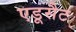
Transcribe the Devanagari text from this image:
एडूसैट